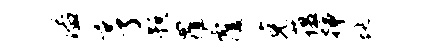
溢亨预罹覆克蕴插蜒